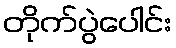
တိုက်ပွဲပေါင်း